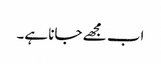
اب مجھے جانا ہے۔